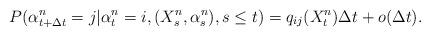
LaTeX: \begin{align*}P(\alpha^{n}_{t+ \Delta t}=j | \alpha^{n}_t=i, (X^n_s, \alpha^{n}_s ), s\leq t)= q_{ij}(X^{n}_t) \Delta t+ o(\Delta t).\end{align*}